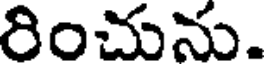
రించును.